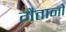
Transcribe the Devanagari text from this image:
गैतानो